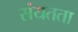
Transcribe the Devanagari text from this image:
संयतता